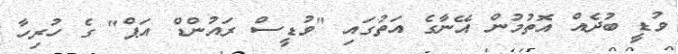
ވުޑީ ބުދެއް އޮތުމުން އޭނާގެ އަތުގައި "ވުޑީސް ރައުންޑް އަޕް" ގެ ހުރިހާ